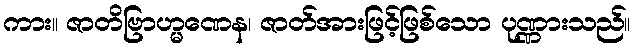
ကား။ ဇာတိဗြာဟ္မဏေန၊ ဇာတ်အားဖြင့်ဖြစ်သော ပုဏ္ဏားသည်။